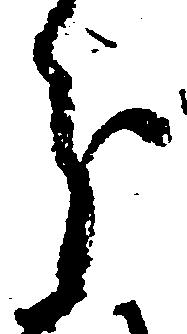
分